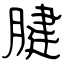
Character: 腱